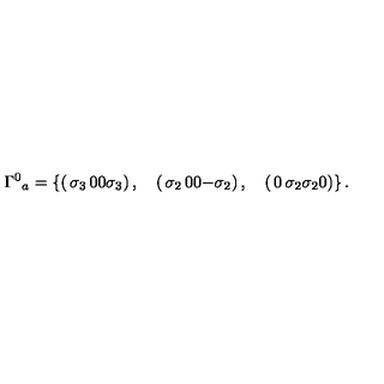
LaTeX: { \Gamma ^ { 0 } } _ { a } = \left\{ \left( \begin{matrix} { \sigma _ { 3 } } & { 0 } \\ { 0 } & { \sigma _ { 3 } } \\ \end{matrix} \right) , \quad \left( \begin{matrix} { \sigma _ { 2 } } & { 0 } \\ { 0 } & { - \sigma _ { 2 } } \\ \end{matrix} \right) , \quad \left( \begin{matrix} { 0 } & { \sigma _ { 2 } } \\ { \sigma _ { 2 } } & { 0 } \\ \end{matrix} \right) \right\} .